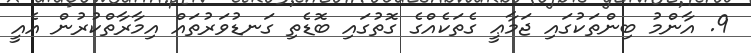
9. އާންމު ބިންތަކުގައި ޖަމާޢީ ގެތަކެއްގެ ގޮތުގައި ބޮޑެތި ގަނޑުވަރުތައް އިމާރާތްކުރުން އެއީ